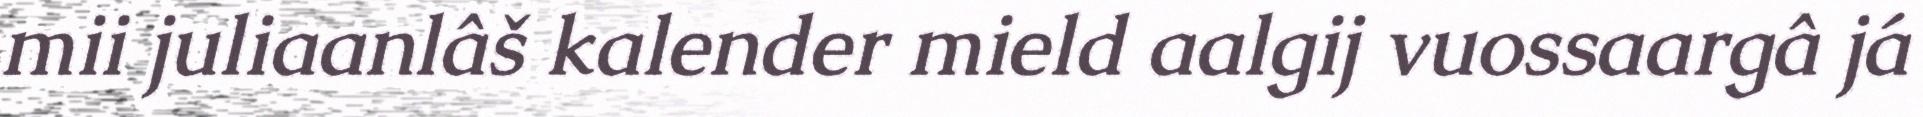
mii juliaanlâš kalender mield aalgij vuossaargâ já